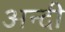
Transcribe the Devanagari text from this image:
अन्दी